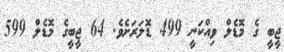
ޖީބީ ގެ މޮޑެލް ވިއްކަނީ 499 ޑޮލަރަށެވެ. 64 ޖީބީގެ މޮޑެލް 599